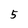
Character: 5